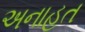
અનાહત